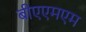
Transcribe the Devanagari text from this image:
बीएएमएम